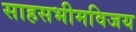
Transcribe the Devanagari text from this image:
साहसभीमविजय